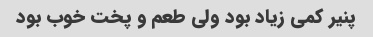
پنیر کمی زیاد بود ولی طعم و پخت خوب بود